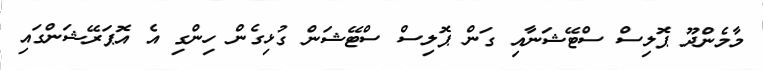
މާމެންދޫ ޕޮލިސް ސްޓޭޝަނާއި ގަން ޕޮލިސް ސްޓޭޝަން ގުޅިގެން ހިންގި އެ އޮޕަރޭޝަންގައި